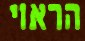
הראוי